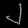
Digit: ၂